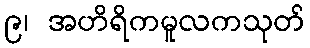
၉၊ အဟိရိကမူလကသုတ်